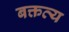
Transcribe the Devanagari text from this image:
बक्तव्य